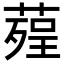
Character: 𦹠